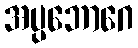
အပ္ပဘောဂေ